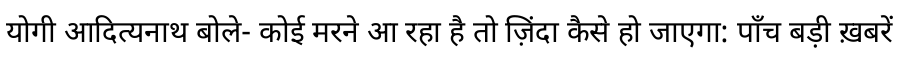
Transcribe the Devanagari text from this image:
योगी आदित्यनाथ बोले- कोई मरने आ रहा है तो ज़िंदा कैसे हो जाएगा: पाँच बड़ी ख़बरें